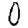
Digit: 0